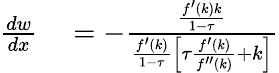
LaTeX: \begin{array}{rl}{{\frac{dw}{dx}}}&{{}=-{\frac{\frac{f^{\prime}(k)k}{1-\tau}}{{\frac{f^{\prime}(k)}{1-\tau}}\left[\tau{\frac{f^{\prime}(k)}{f^{\prime\prime}(k)}}+k\right]}}}\end{array}